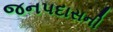
જનપદાસની